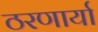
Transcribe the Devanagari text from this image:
ठरणार्या